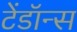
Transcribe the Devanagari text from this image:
टेंडॉन्स